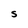
Character: S